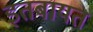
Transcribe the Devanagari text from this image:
इतबायत